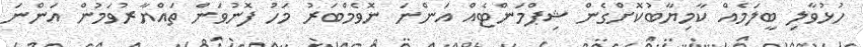
ހުޅުވާލި ބީލަމެއް ކާމިޔާބުކޮށްގެން ޝިޕްމަންޓެއް އަންނަ ނޮވެމްބަރު މަހު ފޮނުވަން ތައްޔާރުވަމުން އަންނަ